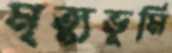
মৃত্যুভূমি